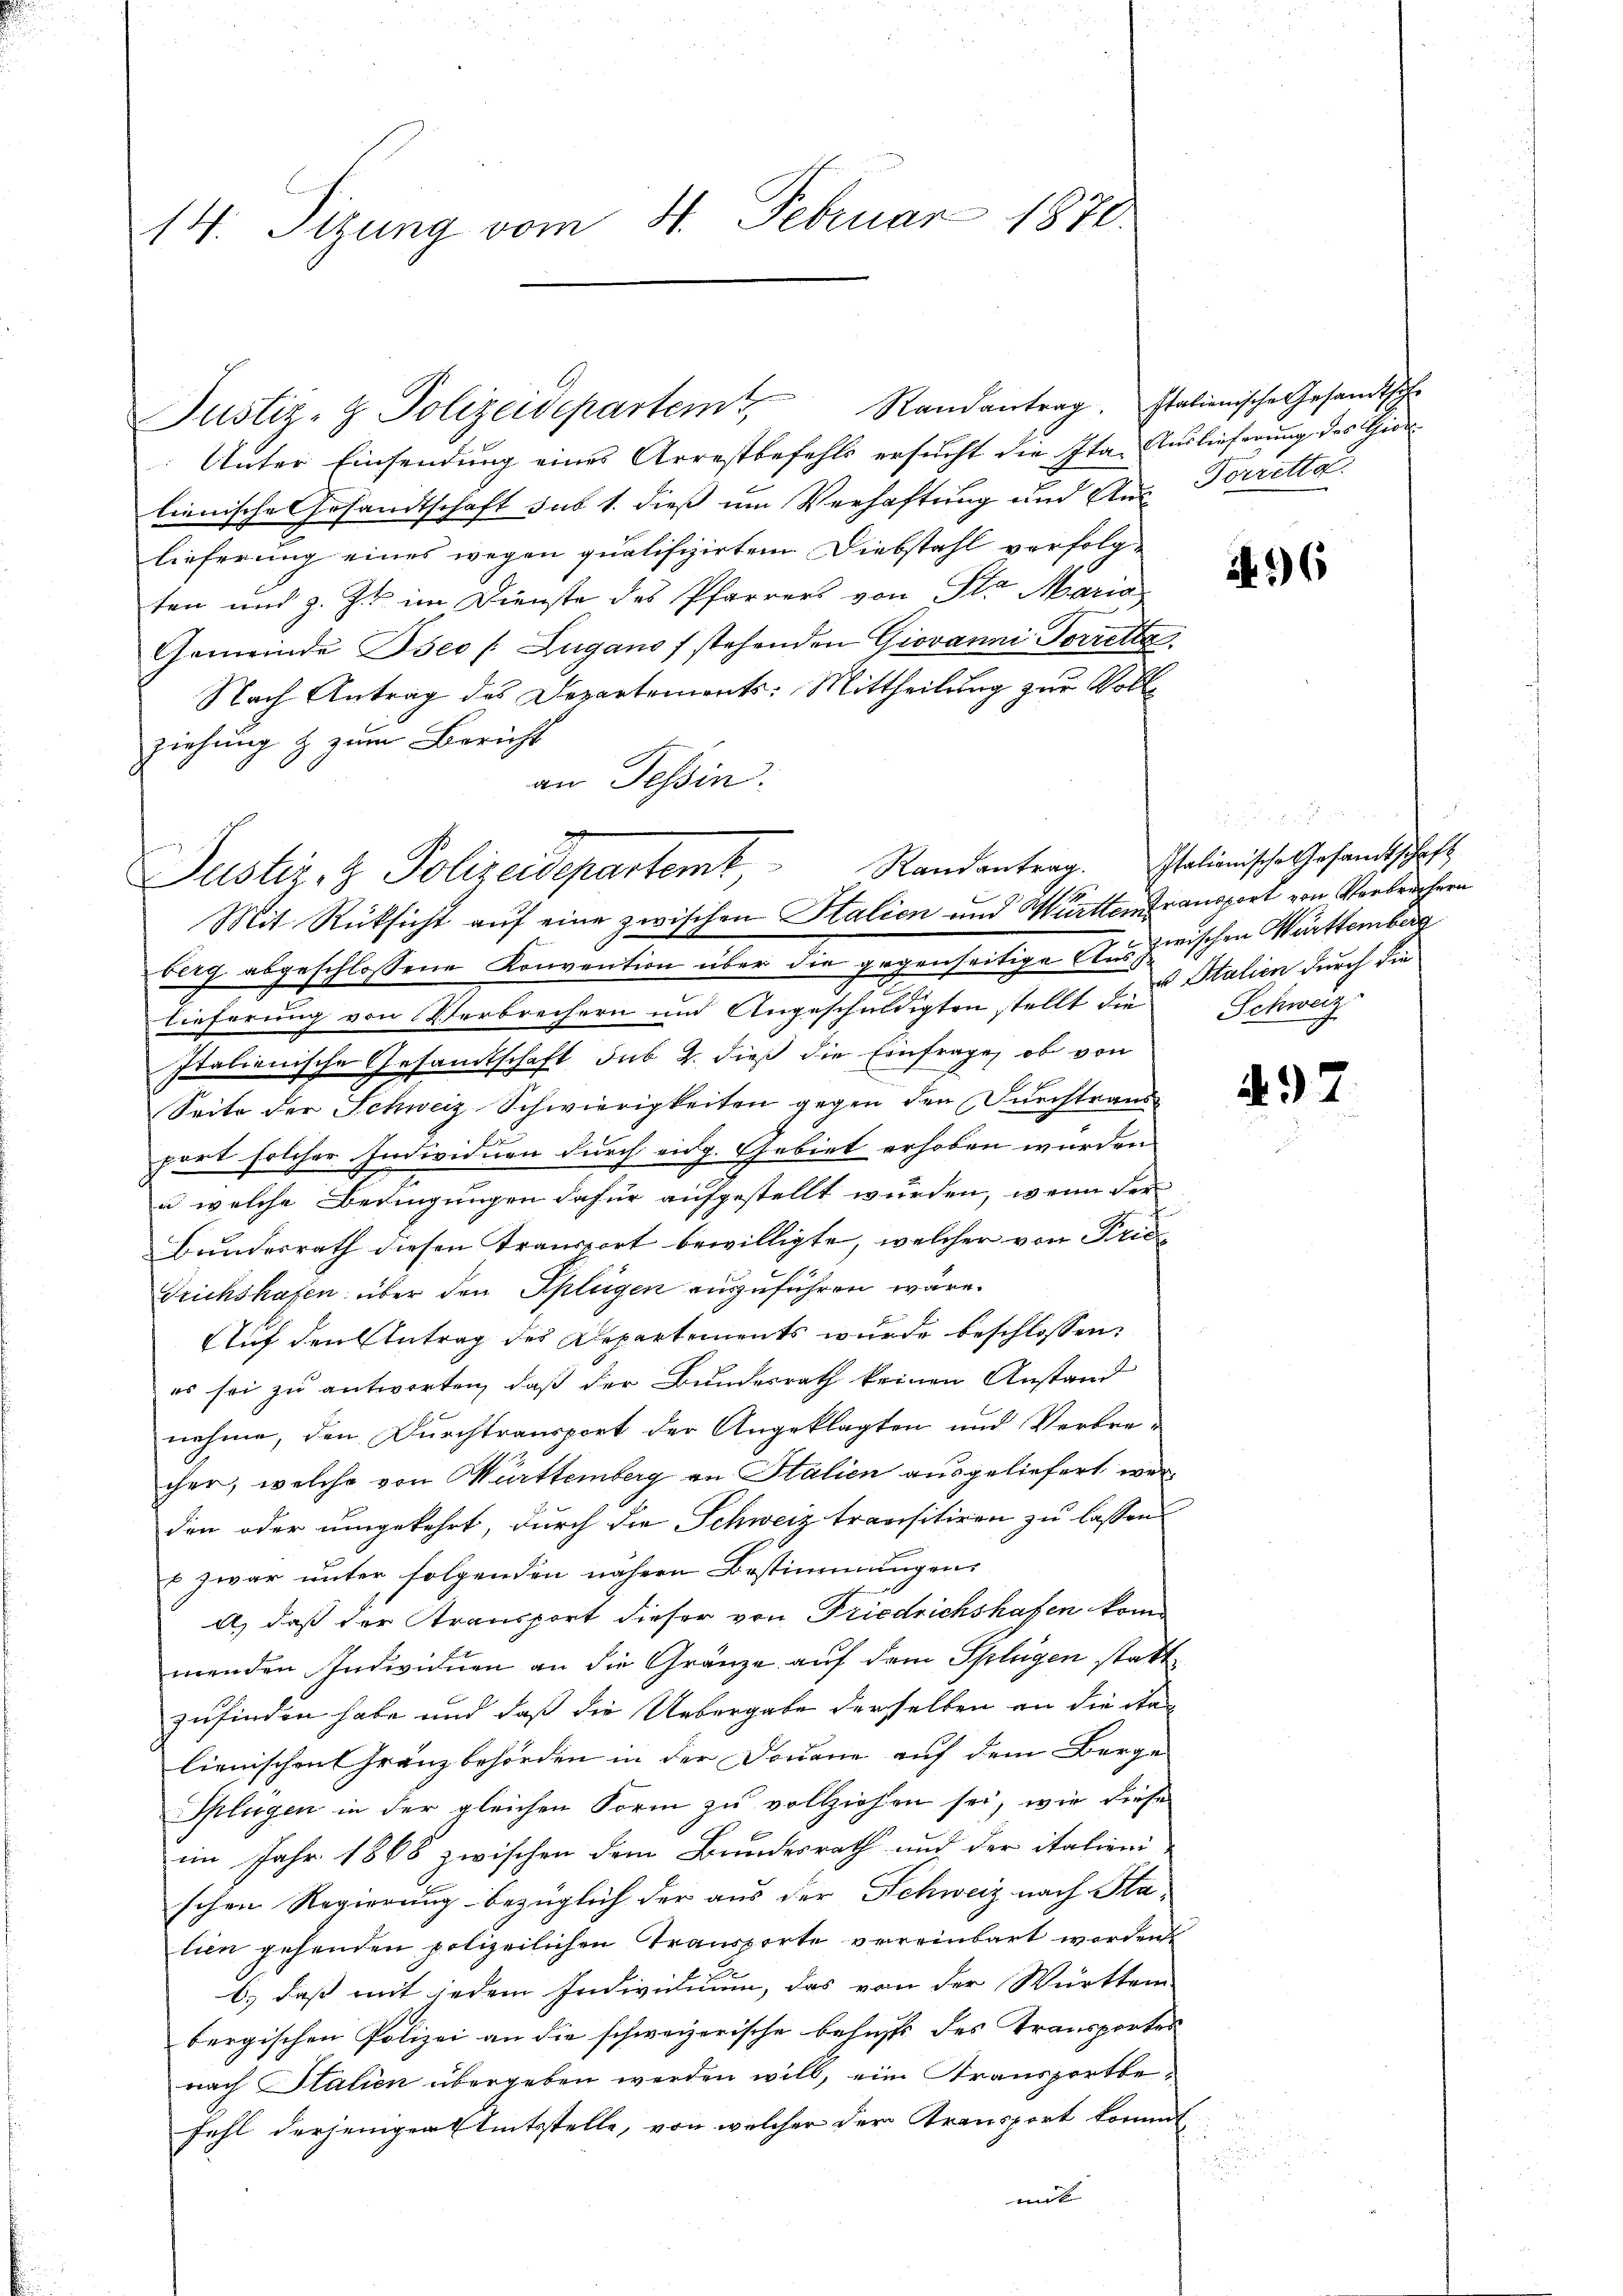
14. Sizung vom 4. Februar 1870.

Unter Einsendung eines Arrestbefehls ersucht die Ita. Auslieferung des Gidelienische Gesandtschaft sub 1. dieß um Verhaftung und Aus Vorretta
lieferung eines wegen qualifizirten Diebstahl verfolgten und z. Z. im Dienste des Pfarrers von Sta Maria
Gemeinde Iseo /: Zugano stehenden Giovanni Forretta
Nach Antrag des Departemonts: Mittheilung zur Vollziehung & zum Bericht
an Tessin.

Justiz- & Polizeidepartem

Justiz- & Polizeidepartemt Randantrag.
Mit Rüksicht auf eine zwischen Stalien und Württem transport von Verbrechern

Randantrag. Italienische Gesandtsche

berg abgeschlossene Konvention über die gegenseitige Aus zwischen Württemberg
lieferung von Verbrechern und Angeschuldigten stellt die Schweiz
Italienische Gesamtschaft sub 2. dieß die Einfrage, ob von
Seite der Schweiz Schwierigkeiten gegen den Durchtraus
7
port solcher Individuen durch eidg. Gebiet erhoben wurden
u welche Bedingungen dafür aufgestellt wurden, wenn der
e
Bundesrath diesen Transport bewilligte, welcher von Frie¬
Trichshafen über den Splügen auszuführen wäre.
Auf den Antrag des Departements wurde beschlossen:
es sei zu antworten, daß der Bundesrath keinen Anstand
nehme, den Durchtransport der Angeklagten und Verbrecher, welche von Württemberg an Stalien ausgeliefert werden oder umgekehrt, durch die Schweiz transitiren zu lassen
u zwar unter folgenden nähern Bestimmungen
A) daß der Transport dieser von Friedrichshafen kom
menden Individuen an die Gränze auf dem Splügen statt
zufinden habe und daß die Uebergabe derselben an die Stalienischen Gränzbehörden in der Douane auf dem Berge
Splügen in der gleichen Form zu vollziehen sei, wie diese
im Jahr 1868 zwischen dem Bundesrath und der italieni
schen Regierung bezüglich der aus der Schweiz nach Halien gehenden polizeilichen Transporte vereinbart worden
b.) daß mit jedem Individuum, das von der Württem
bergischen Polizei an die schweizerische Behufs des Transportes
nach Italien übergeben werden will, eine Transportbefahl derjeniger Amtsstelle, von welcher der Transport kommt,
mit

if. 3)

55
Italienische Gesandtschaft
u Italien durch die

A. 97